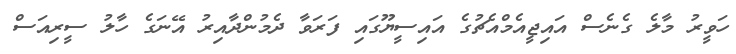
ހަވީރު މާލެ ގެނެސް އައިޖީއެމްއެޗުގެ އައިސީޔޫގައި ފަރަވާ ދެމުންދާއިރު އޭނަގެ ހާލު ސީރިއަސް